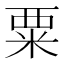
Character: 粟